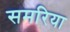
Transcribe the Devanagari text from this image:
समरिया